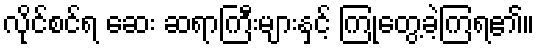
လိုင်စင်ရ ဆေး ဆရာကြီးများနှင့် ကြုံတွေ့ခဲ့ကြရ၏။